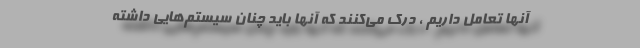
آنها تعامل داریم ، درک می‌کنند که آنها باید چنان سیستم‌هایی داشته